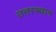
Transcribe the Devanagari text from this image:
उत्तरस्थान